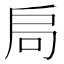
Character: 𭠂